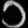
Digit: ၁